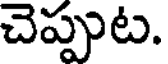
చెప్పుట.